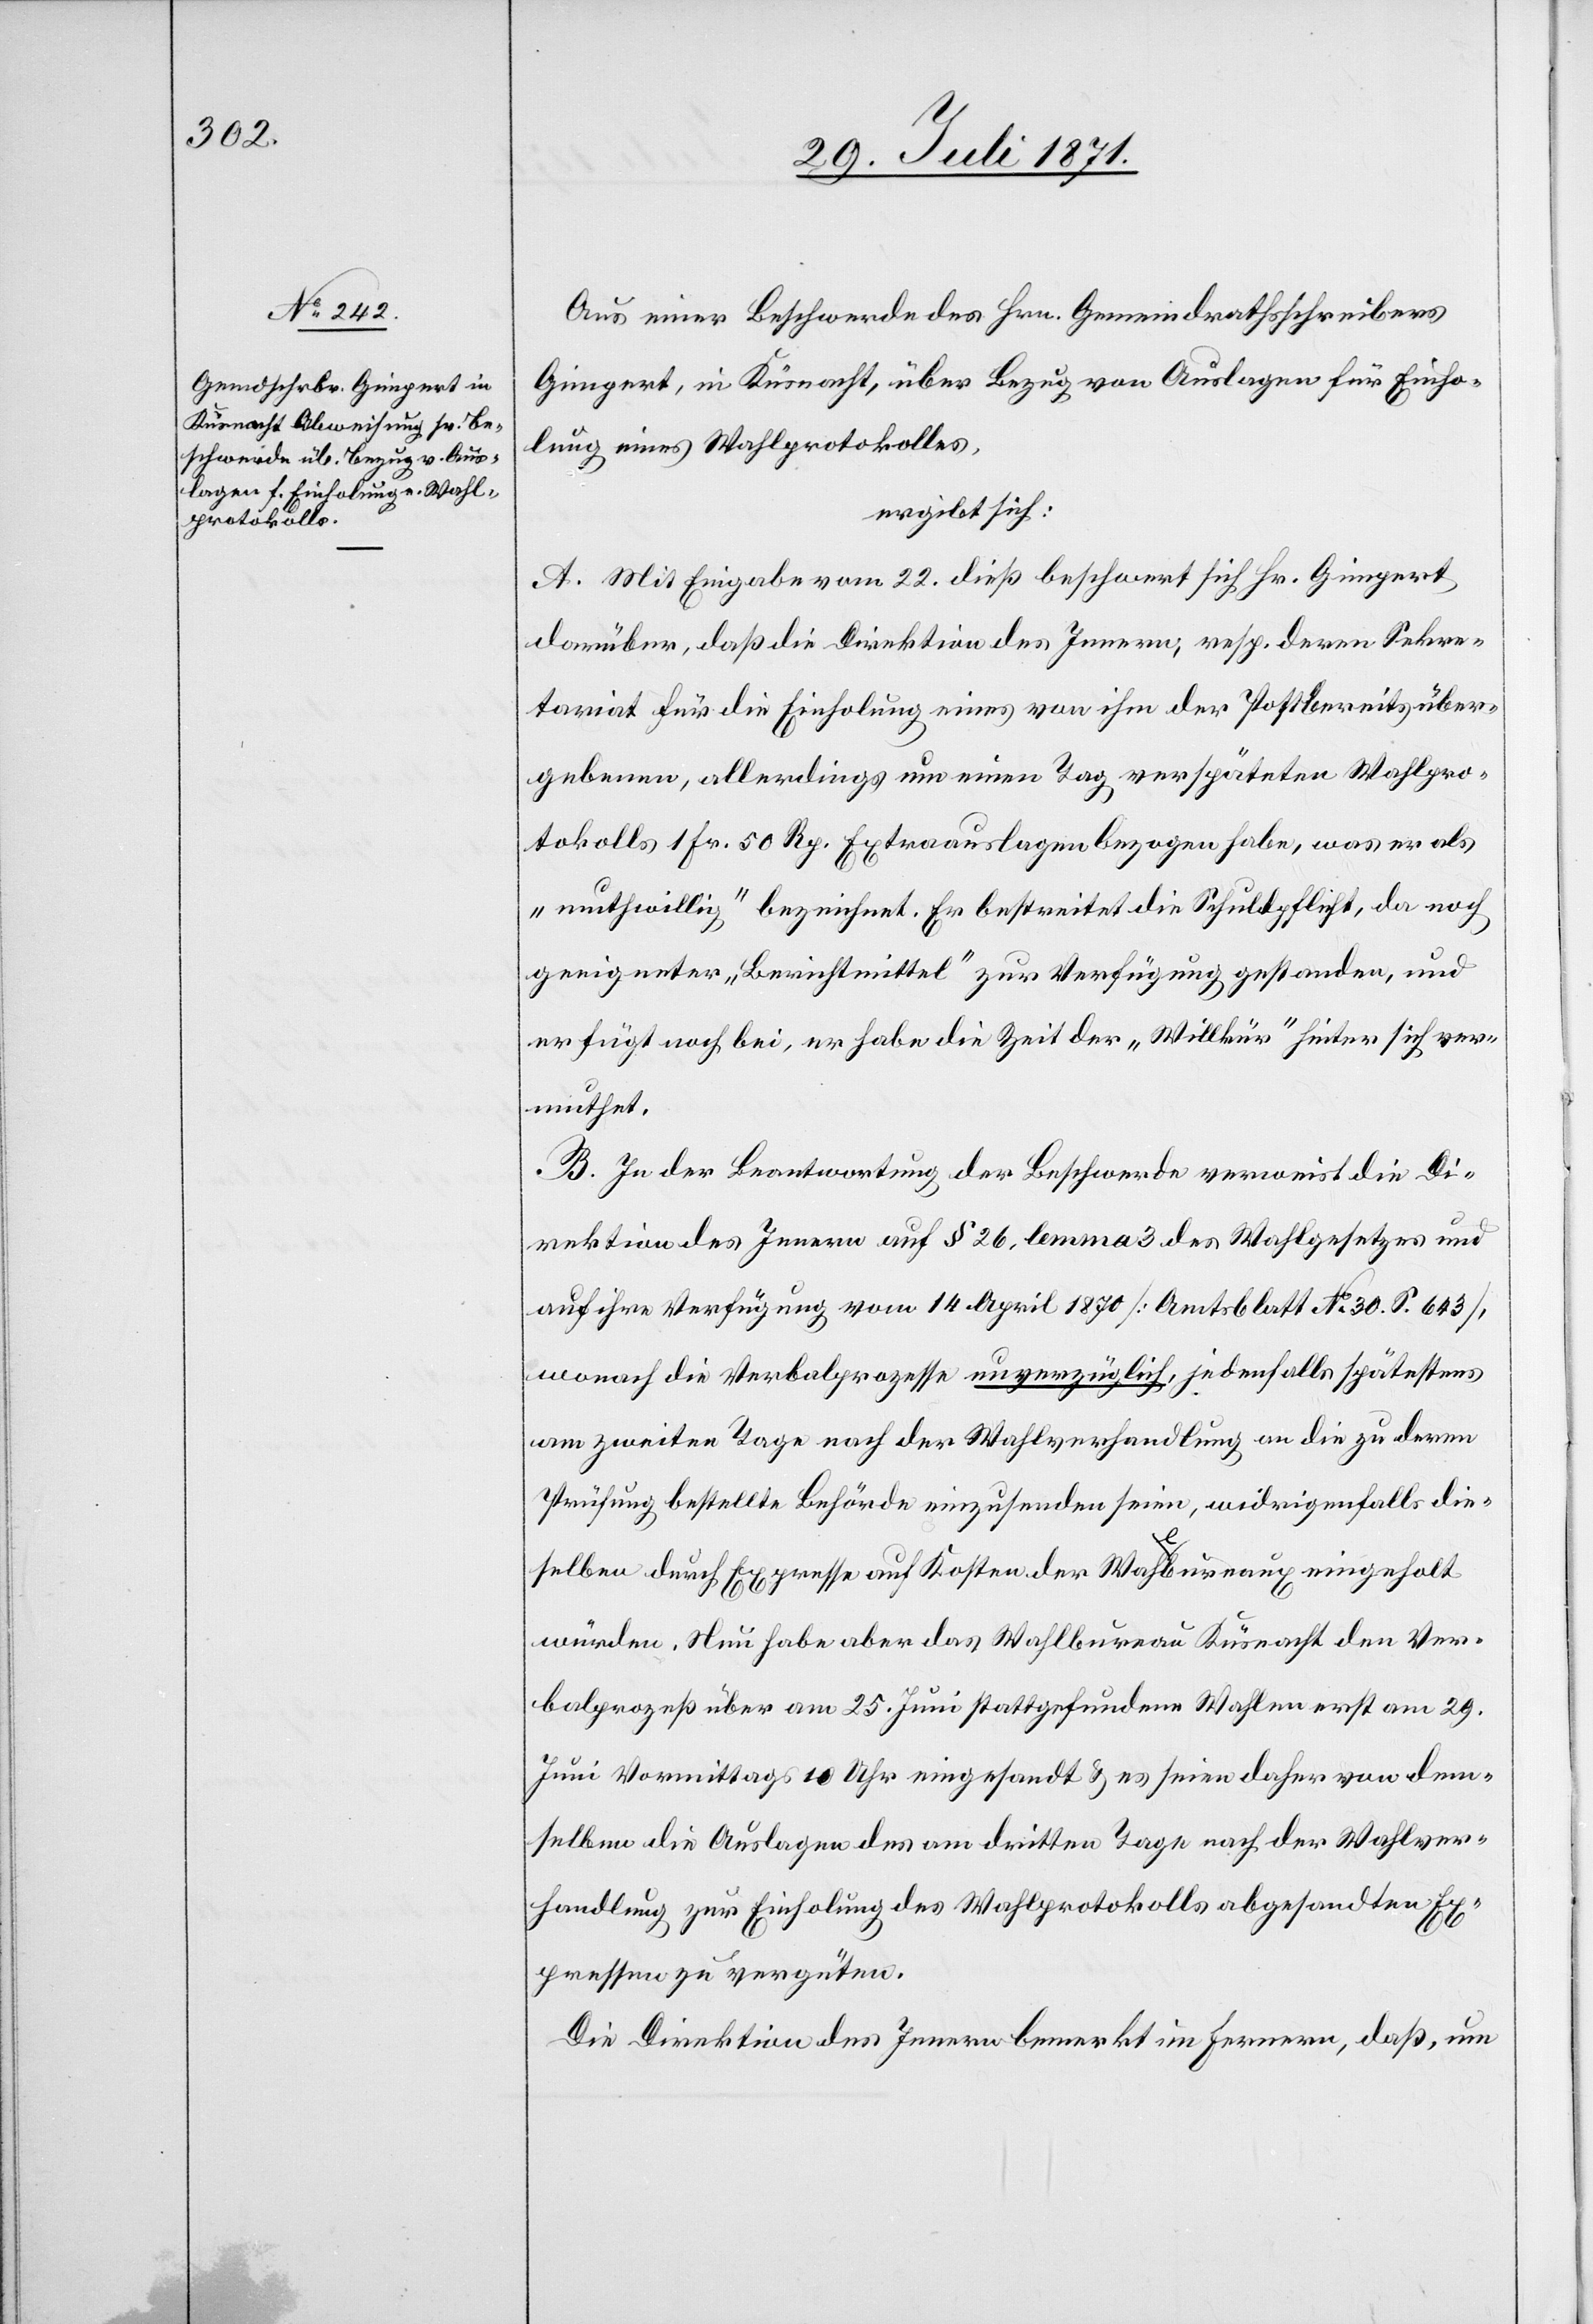
Aus einer Beschwerde des Hrn. Gemeindrathsschreibers
Gimpert, in Küsnacht, über Bezug von Auslagen für Einho¬
lung eines Wahlprotokolles,
ergibt sich:
A. Mit Eingabe vom 22. dieß beschwert sich Hr. Gimpert
darüber, daß die Direktion des Innern, resp. deren Sekre¬
tariat für die Einholung eines von ihm der Post bereits über¬
gebenen, allerdings um einen Tag verspäteten Wahlpro¬
tokolls 1 Fr. 50 Rp. Extraauslagen bezogen habe, was er als
„muthwillig“ bezeichnet. Er bestreitet die Schuldpflicht, da noch
geeigneter „Berichtmittel“ zur Verfügung gestanden, und
er fügt noch bei, er habe die Zeit der „Willkür“ hinter sich ver¬
muthet.
B. In der Beantwortung der Beschwerde verweist die Di¬
rektion des Innern auf § 26, lemma 3 des Wahlgesetzes und
auf ihre Verfügung vom 14. April 1870 [Amtsblatt No. 30. S. 643],
wonach die Verbalprozesse unverzüglich, jedenfalls spätestens
am zweiten Tage nach der Wahlverhandlung an die zu deren
Prüfung bestellte Behörde einzusenden seien, widrigenfalls die¬
selben durch Expresse auf Kosten der Wahlbureaux eingeholt
würden. Nun habe aber das Wahlbureau Küsnacht den Ver¬
balprozeß über am 25. Juni stattgefundene Wahlen erst am 29.
Juni Vormittags 10 Uhr eingesandt u. es seine daher von dem¬
selben die Auslagen des [sic!] am dritten Tage nach der Wahlver¬
handlung zur Einholung des Wahlprotokolls abgesandten Ex¬
pressen zu vergüten.
Die Direktion des Innern bemerkt im Fernern, daß, um